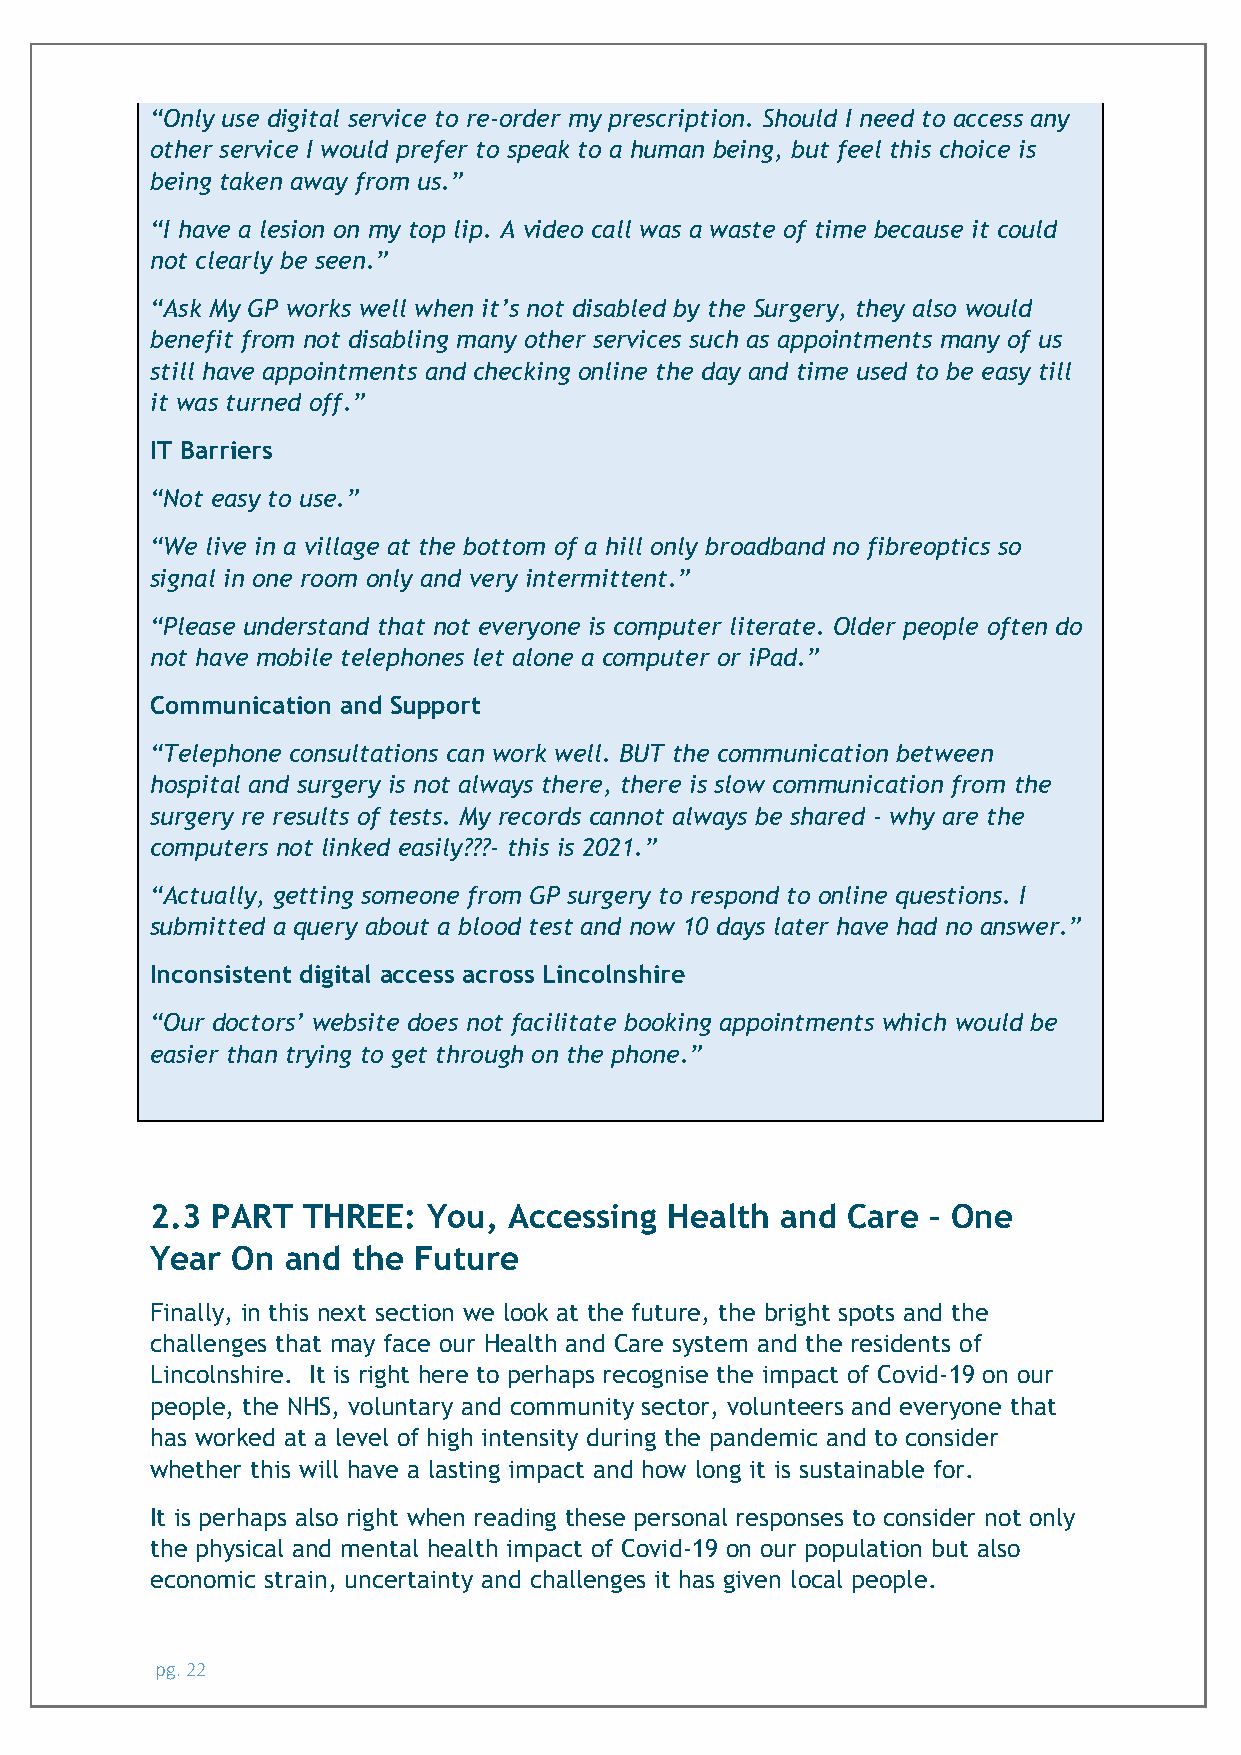
“Only use digital service to re-order my prescription. Should I need to access any
 other service I would prefer to speak to a human being, but feel this choice is
 being taken away from us.”
 “I have a lesion on my top lip. A video call was a waste of time because it could
 not clearly be seen.”
 “Ask My GP works well when it’s not disabled by the Surgery, they also would
 benefit from not disabling many other services such as appointments many of us
 still have appointments and checking online the day and time used to be easy till
 it was turned off.”
 IT Barriers
 “Not easy to use.”
 “We live in a village at the bottom of a hill only broadband no fibreoptics so
 signal in one room only and very intermittent.”
 “Please understand that not everyone is computer literate. Older people often do
 not have mobile telephones let alone a computer or iPad.”
 Communication and Support
 “Telephone consultations can work well. BUT the communication between
 hospital and surgery is not always there, there is slow communication from the
 surgery re results of tests. My records cannot always be shared - why are the
 computers not linked easily???- this is 2021.”
 “Actually, getting someone from GP surgery to respond to online questions. I
 submitted a query about a blood test and now 10 days later have had no answer.”
 Inconsistent digital access across Lincolnshire
 “Our doctors’ website does not facilitate booking appointments which would be
 easier than trying to get through on the phone.”
 2.3 PART  THREE:  You,  Accessing Health  and Care – One
 Year On  and the Future
 Finally, in this next section we look at the future, the bright spots and the
 challenges that may face our Health and Care system and the residents of
 Lincolnshire. It is right here to perhaps recognise the impact of Covid-19 on our
 people, the NHS, voluntary and community sector, volunteers and everyone that
 has worked at a level of high intensity during the pandemic and to consider
 whether this will have a lasting impact and how long it is sustainable for.
 It is perhaps also right when reading these personal responses to consider not only
 the physical and mental health impact of Covid-19 on our population but also
 economic strain, uncertainty and challenges it has given local people.
 pg. 22